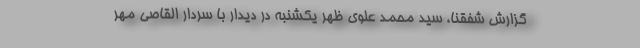
گزارش شفقنا، سید محمد علوی ظهر یکشنبه در دیدار با سردار القاصی مهر